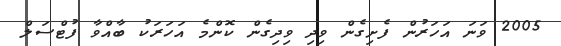
2005 ވަނަ އަހަރުން ފެށިގެން ވިދި ވިދިގެން ކޮންމެ އަހަރަކު ބާއްވާ ފުޓްސަލް